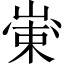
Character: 𱛺